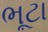
ભૂટા